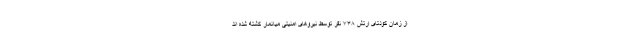
از زمان کودتای ارتش ۷۳۸ نفر توسط نیروهای امنیتی میانمار کشته شده اند